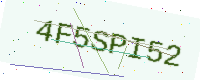
Text: 4F5SPI52